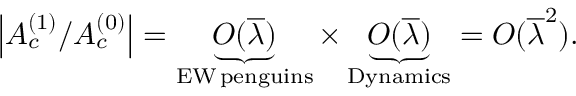
\left| { \cal A } _ { c } ^ { ( 1 ) } / { \cal A } _ { c } ^ { ( 0 ) } \right| = \underbrace { { \cal O } ( \overline { { { \lambda } } } ) } _ { \mathrm { E W \, p e n g u i n s } } \times \underbrace { { \cal O } ( \overline { { { \lambda } } } ) } _ { \mathrm { D y n a m i c s } } = { \cal O } ( \overline { { { \lambda } } } ^ { 2 } ) .